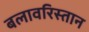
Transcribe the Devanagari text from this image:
बलावरिस्तान